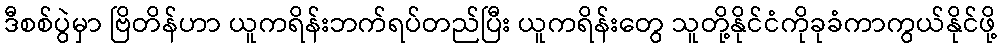
ဒီစစ်ပွဲမှာ ဗြိတိန်ဟာ ယူကရိန်းဘက်ရပ်တည်ပြီး ယူကရိန်းတွေ သူတို့နိုင်ငံကိုခုခံကာကွယ်နိုင်ဖို့